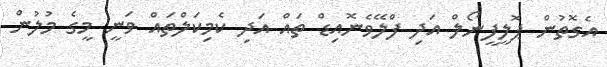
އެގޮތުން ޕޮލީފީނޯލް އަދި ފްލޭވެނޮއިޑް ތައް އަދި ކެމިކަލްތައް ވަނީ މީގެ މުލުން